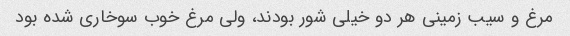
مرغ و سیب زمینی هر دو خیلی شور بودند، ولی مرغ خوب سوخاری شده بود